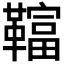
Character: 𩍏